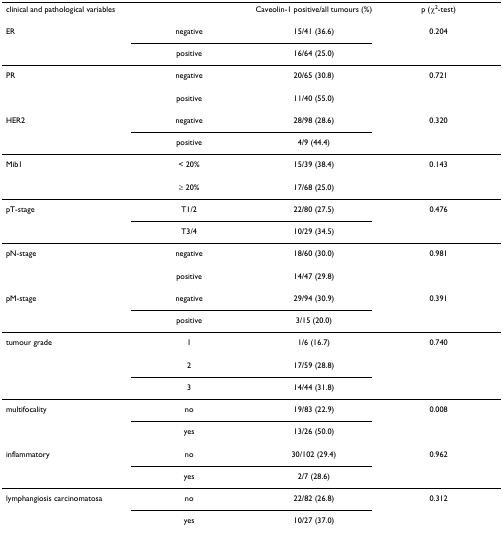
| clinical and pathological variables |  | Caveolin-1 positive/all tumours (%) | p (χ2-test) |
 | --- | --- | --- | --- |
 | ER | negative | 15/41 (36.6) | 0.204 |
 |  | positive | 16/64 (25.0) |  |
 | PR | negative | 20/65 (30.8) | 0.721 |
 |  | positive | 11/40 (55.0) |  |
 | HER2 | negative | 28/98 (28.6) | 0.320 |
 |  | positive | 4/9 (44.4) |  |
 | Mib1 | < 20% | 15/39 (38.4) | 0.143 |
 |  | ≥ 20% | 17/68 (25.0) |  |
 | pT-stage | T1/2 | 22/80 (27.5) | 0.476 |
 |  | T3/4 | 10/29 (34.5) |  |
 | pN-stage | negative | 18/60 (30.0) | 0.981 |
 |  | positive | 14/47 (29.8) |  |
 | pM-stage | negative | 29/94 (30.9) | 0.391 |
 |  | positive | 3/15 (20.0) |  |
 | tumour grade | 1 | 1/6 (16.7) | 0.740 |
 |  | 2 | 17/59 (28.8) |  |
 |  | 3 | 14/44 (31.8) |  |
 | multifocality | no | 19/83 (22.9) | 0.008 |
 |  | yes | 13/26 (50.0) |  |
 | inflammatory | no | 30/102 (29.4) | 0.962 |
 |  | yes | 2/7 (28.6) |  |
 | lymphangiosis carcinomatosa | no | 22/82 (26.8) | 0.312 |
 |  | yes | 10/27 (37.0) |  |